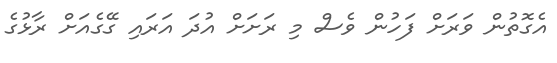
އެގޮތުން ވަރަށް ފަހުން ވެސް މި ރަށަށް އުދަ އަރައި ގޭގެއަށް ރާޅުގެ